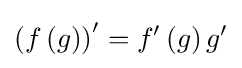
\left(f\left(g\right)\right)'=f'\left(g\right)g'